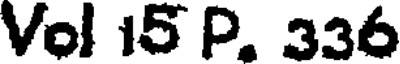
Vol 15 P. 336